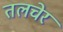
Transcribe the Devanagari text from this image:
तलचेर